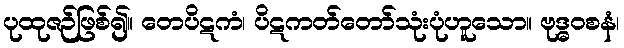
ပုထုဇဉ်ဖြစ်၍။ တေပိဋကံ၊ ပိဋကတ်တော်သုံးပုံဟူသော။ ဗုဒ္ဓဝစနံ၊